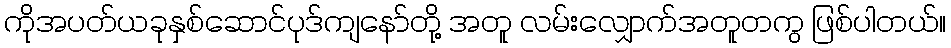
ကိုအပတ်ယခုနှစ်ဆောင်ပုဒ်ကျနော်တို့ အတူ လမ်းလျှောက်အတူတကွ ဖြစ်ပါတယ်။